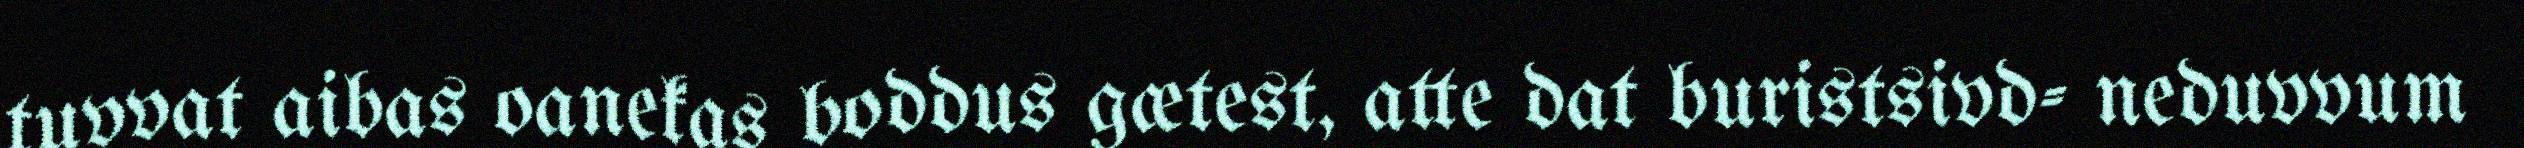
tuvvat aibas oanekas boddus gætest, atte dat buristsivd- neduvvum